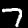
Digit: 7